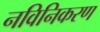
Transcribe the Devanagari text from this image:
नविनिकरण